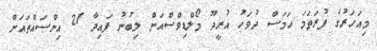
މިއަހަރުގެ ފުރަތަމަ ހަމަސް ދުވަހު އުރީދޫ މޯލްޑިވްސްއަށް ލިބުނު ފައިދާ 21 އިންސައްތައަށް